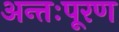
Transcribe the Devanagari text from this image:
अन्तःपूरण